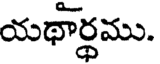
యథార్థము.